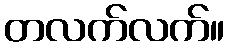
တလက်လက်။